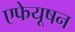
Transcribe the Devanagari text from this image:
एफेयूषन